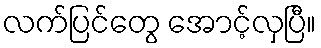
လက်ပြင်တွေ အောင့်လှပြီ။